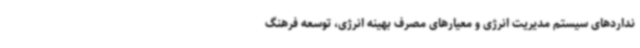
نداردهای سیستم مدیریت انرژی و معیارهای مصرف بهینه انرژی، توسعه فرهنگ